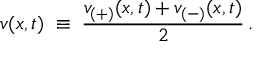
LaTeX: v ( x , t ) \; \equiv \; \frac { v _ { ( + ) } ( x , t ) + v _ { ( - ) } ( x , t ) } { 2 } \, .